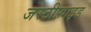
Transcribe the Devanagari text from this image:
जस्टीफ़ाइड